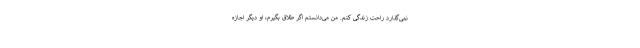
نمی‌گذارد راحت زندگی کنم. من می‌دانستم اگر طلاق بگیرم، او دیگر اجازه